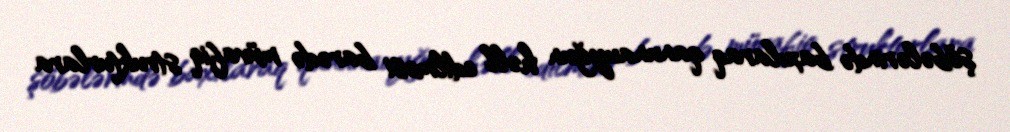
şöbələrində baxılaraq qanunauyğun həll edilməsi barədə müvafiq strukturlara